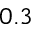
0 . 3